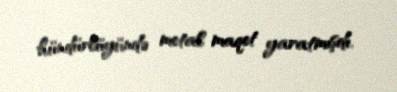
hündürlüyündə metal maqet yaratmışdı.